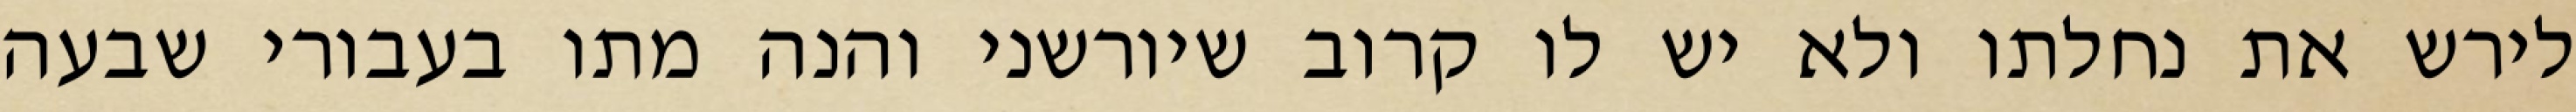
לירש את נחלתו ולא יש לו קרוב שיורשני והנה מתו בעבורי שבעה